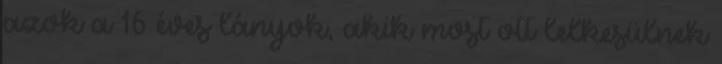
azok a 16 éves lányok, akik most ott lelkesülnek